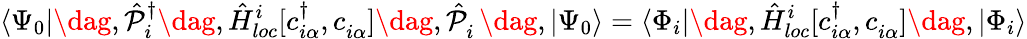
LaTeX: \langle\Psi_{0}|\dag,\hat{\mathcal{P}}_{i}^{{\dagger}}\dag,\hat{H}_{loc}^{i}[c_{i\alpha}^{\dagger},c_{i\alpha}^{\phantom{\dagger}}]\dag,\hat{\mathcal{P}}_{i}^{\phantom{\dagger}}\dag,|\Psi_{0}\rangle=\langle\Phi_{i}|\dag,\hat{H}_{loc}^{i}[c_{i\alpha}^{\dagger},c_{i\alpha}^{\phantom{\dagger}}]\dag,|\Phi_{i}\rangle